Vaccination in Burma 1920-1933 - 1920-1933
Year: 1920
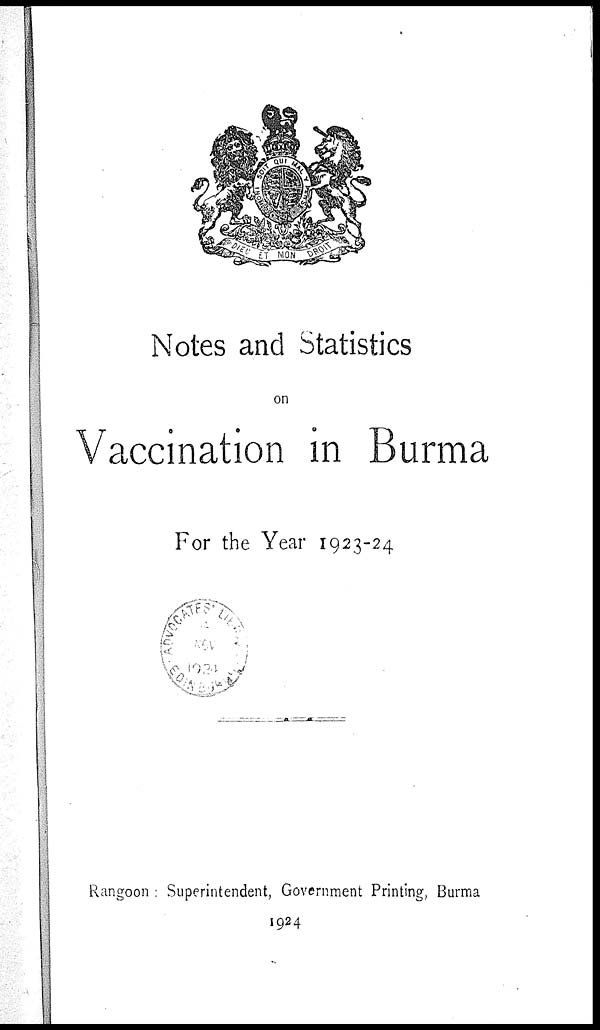
Notes and Statistics
on
Vaccination in Burma
For the Year 1923-24
Rangoon : Superintendent, Government Printing, Burma
1924